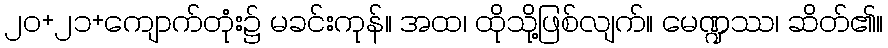
၂၀+၂၁+ကျောက်တုံး၌ မခင်းကုန်။ အထ၊ ထိုသို့ဖြစ်လျက်။ မေဏ္ဍဿ၊ ဆိတ်၏။